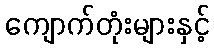
ကျောက်တုံးများနှင့်